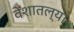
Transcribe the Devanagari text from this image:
वेशातल्या